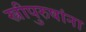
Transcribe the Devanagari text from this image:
स्त्रीपुरुषांना